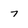
Character: 7